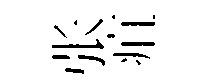
张疽